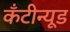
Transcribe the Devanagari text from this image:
कँटीन्यूड